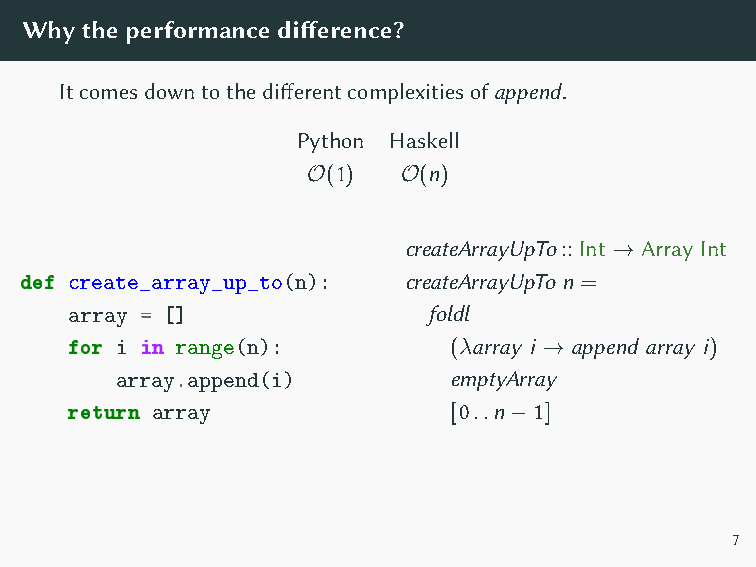
Bothimplementationscallappend ntimes,whichcausesthe
 differenceinasymptotics.
 Whytheperformancedifference?
 Itcomesdowntothedifferentcomplexitiesofappend.
 Python Haskell
 O(1)   O(n)
 createArrayUpTo::Int → Array Int
 def create_array_up_to(n): createArrayUpTo n =
 array = []              foldl
 for i in range(n):        (λarray i → append array i)
 array.append(i)       emptyArray
 return array              [0..n−1]
 7